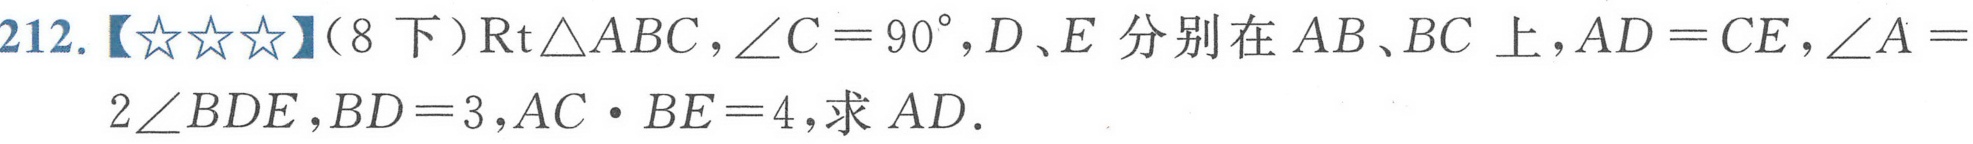
212.【\(★★★\)】（8下）\(\text{Rt}\triangle ABC\)，\(\angle C = 90^{\circ}\)，\(D、E\)分别在 \(AB、BC\)上，\(AD = CE\)，\(\angle A = 2\angle BDE\)，\(BD = 3\)，\(AC\cdot BE = 4\)，求 \(AD\).